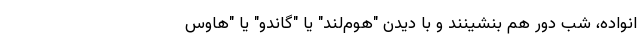
انواده، شب دور هم بنشینند و با دیدن "هوم‌لند" یا "گاندو" یا "هاوس